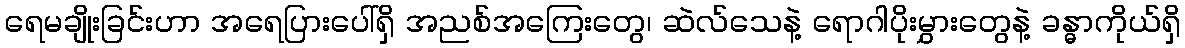
ရေမချိုးခြင်းဟာ အရေပြားပေါ်ရှိ အညစ်အကြေးတွေ၊ ဆဲလ်သေနဲ့ ရောဂါပိုးမွှားတွေနဲ့ ခန္ဓာကိုယ်ရှိ